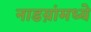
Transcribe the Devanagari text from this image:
नाडय़ांमध्ये